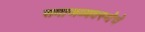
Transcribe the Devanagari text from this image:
समाजव्‍यवस्‍थेचे